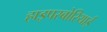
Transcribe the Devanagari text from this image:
हाइपरबोरियाई